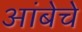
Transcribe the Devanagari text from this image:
आंबेचे